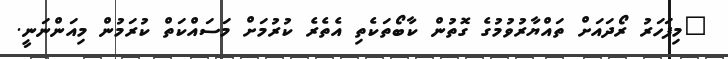
"މިފަހަރު ރޯދައަށް ތައްޔާރުވުމުގެ ގޮތުން ކާބޯތަކެތި އެތެރެ ކުރުމަށް މަސައްކަތް ކުރަމުން މިއަންނަނީ.